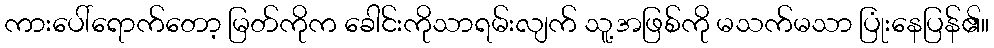
ကားပေါ်ရောက်တော့ မြတ်ကိုက ခေါင်းကိုသာရမ်းလျက် သူ့အဖြစ်ကို မသက်မသာ ပြုံးနေပြန်၏။